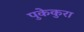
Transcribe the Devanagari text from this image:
पुकेकुरा